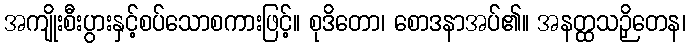
အကျိုးစီးပွားနှင့်စပ်သောစကားဖြင့်။ စုဒိတော၊ စောဒနာအပ်၏။ အနတ္ထသဉှိတေန၊